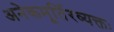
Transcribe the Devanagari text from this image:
अनेकमूर्तिरव्यक्तः